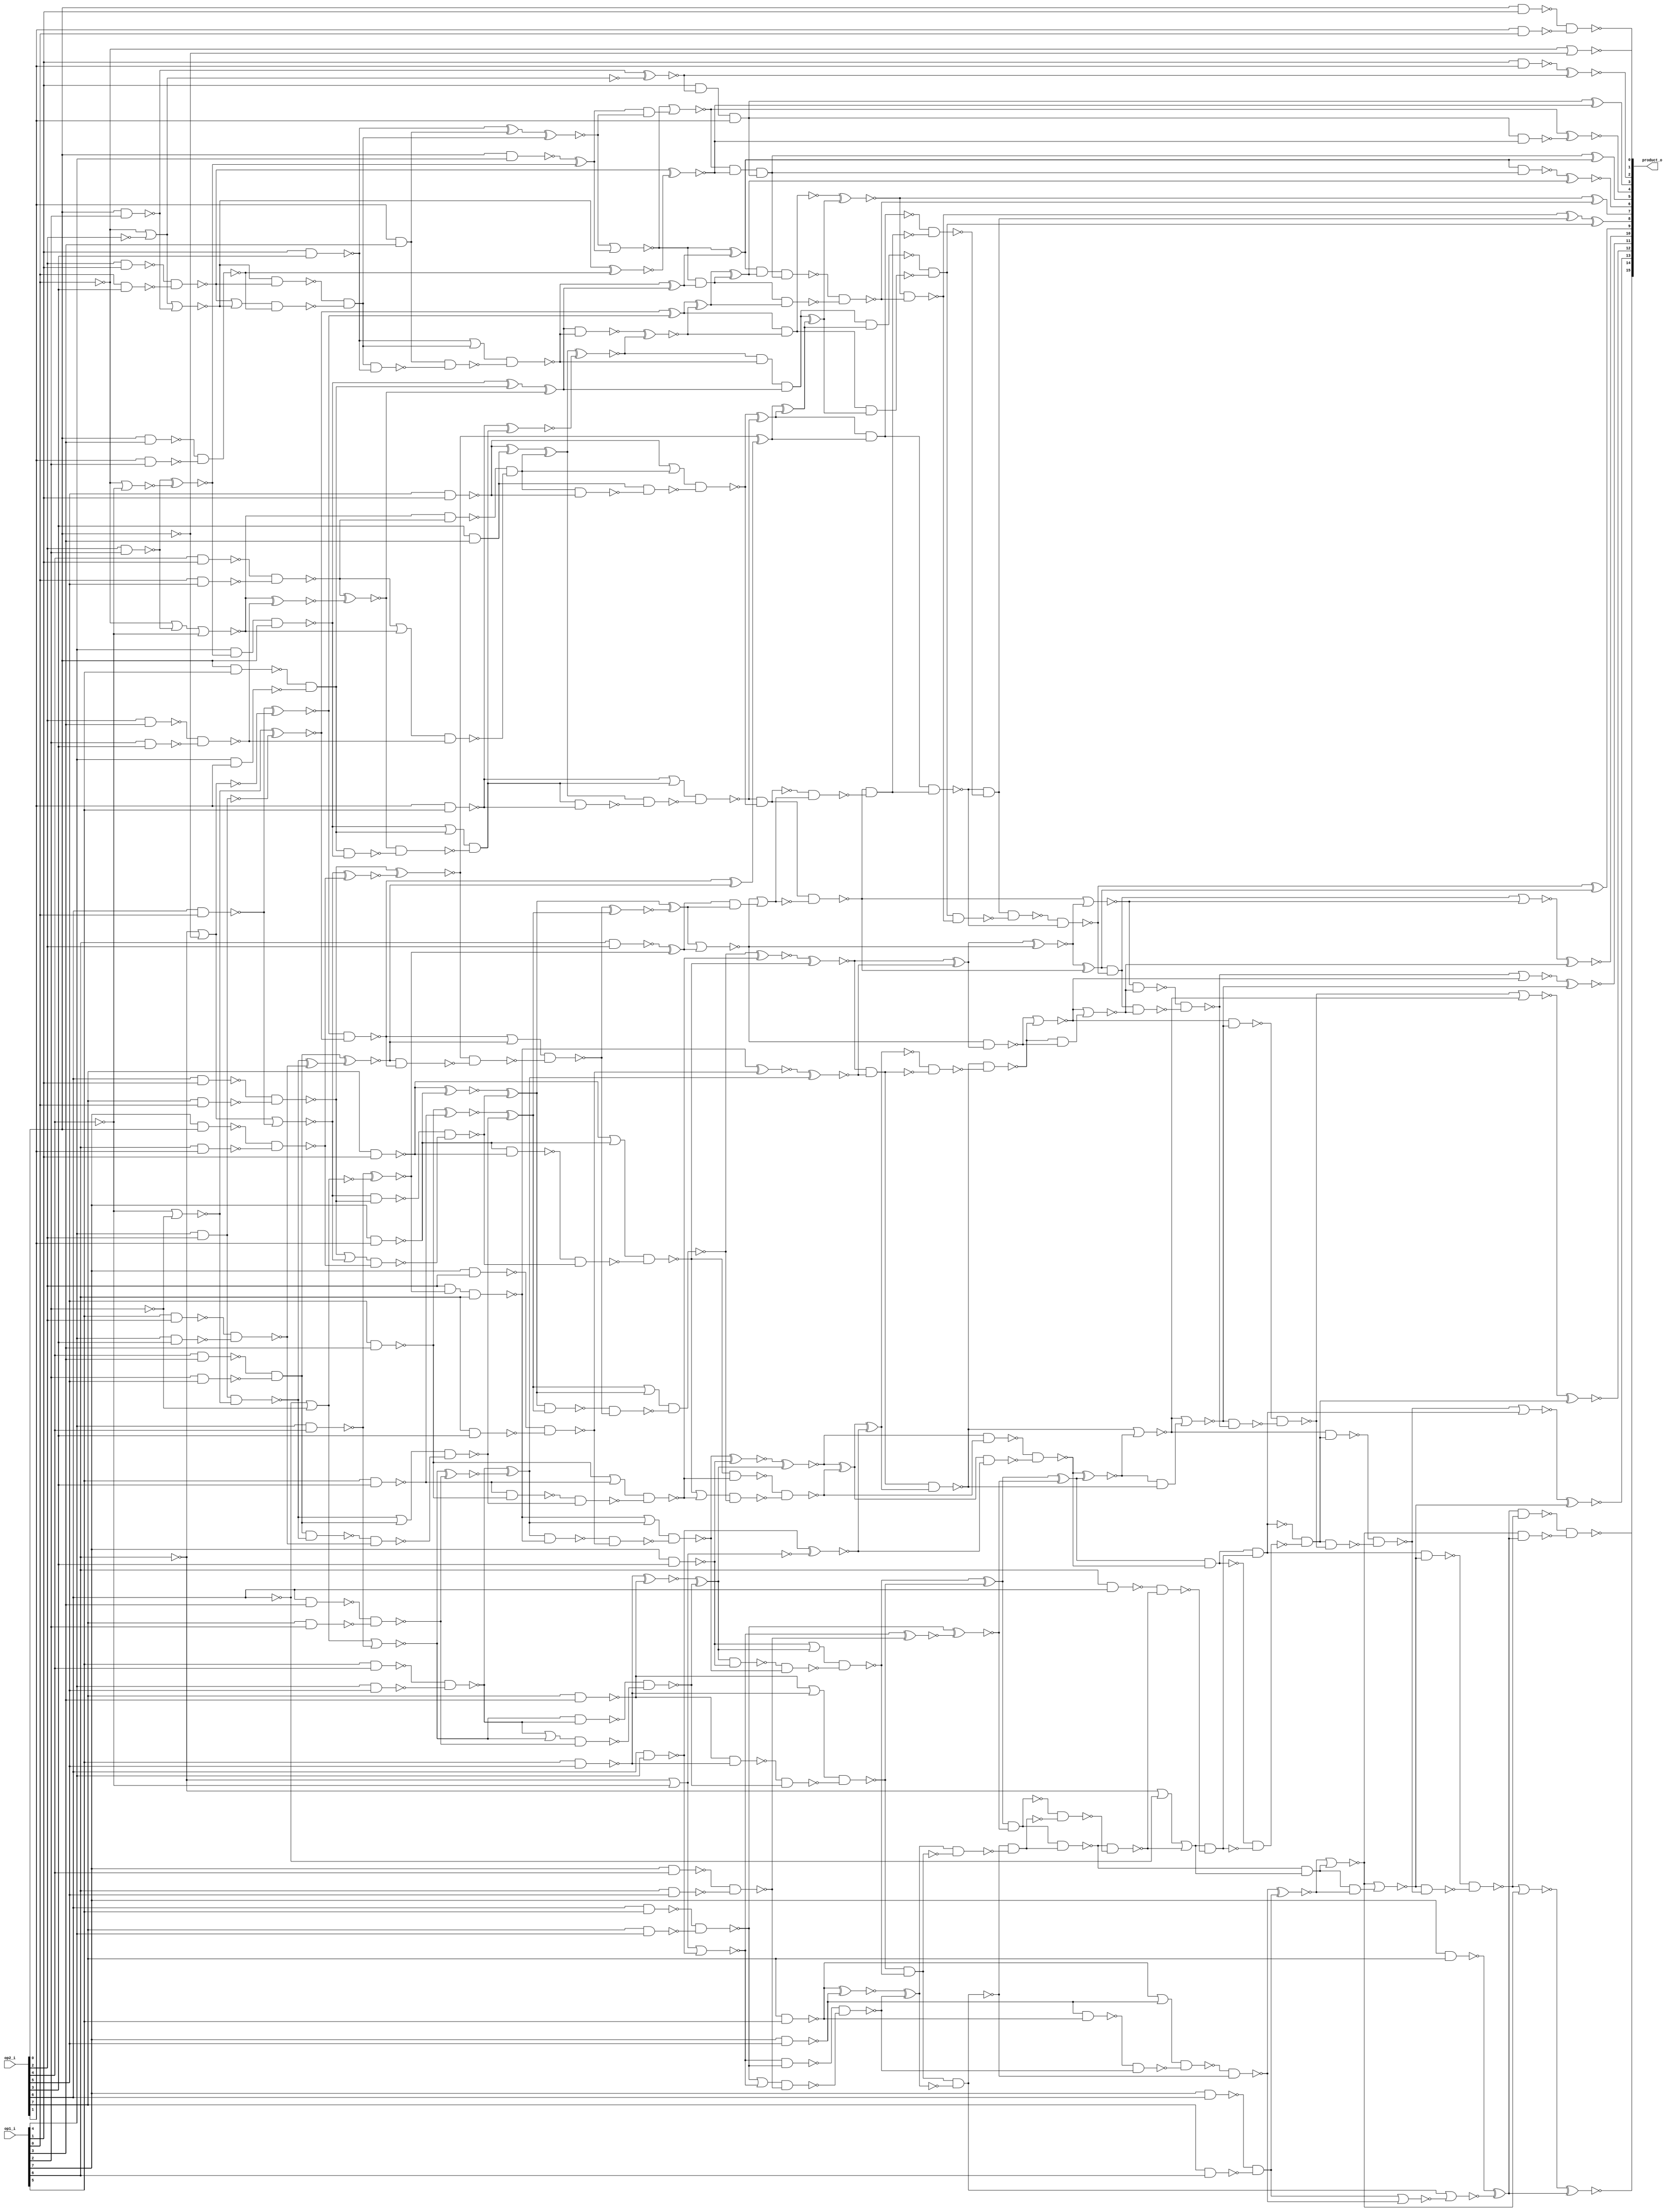
module underdesigned_multiplier8 ( op1_i, op2_i, product_o );
  input [7:0] op1_i, op2_i;
  output [15:0] product_o;
  wire   n143, n144, n145, n146, n147, n148, n149, n150, n151, n152, n153,
         n154, n155, n156, n157, n158, n159, n160, n161, n162, n163, n164,
         n166, n167, n169, n170, n171, n172, n173, n174, n175, n177, n178,
         n179, n180, n181, n182, n183, n184, n186, n187, n188, n189, n190,
         n191, n192, n193, n194, n195, n197, n198, n199, n200, n201, n202,
         n203, n204, n205, n206, n207, n208, n209, n210, n211, n212, n213,
         n214, n215, n216, n218, n219, n220, n221, n222, n223, n224, n225,
         n226, n227, n228, n229, n230, n231, n232, n233, n234, n235, n236,
         n237, n238, n239, n240, n241, n242, n243, n244, n245, n246, n247,
         n249, n250, n251, n252, n253, n254, n255, n256, n257, n258, n259,
         n260, n261, n262, n263, n264, n265, n266, n267, n268, n269, n270,
         n271, n272, n273, n274, n275, n276, n277, n278, n279, n280, n282,
         n283, n284, n285, n286, n287, n288, n289, n290, n291, n292, n293,
         n294, n295, n296, n297, n298, n299, n300, n301, n302, n303, n304,
         n305, n306, n307, n308, n309, n310, n311, n312, n313, n314, n315,
         n316, n317, n318, n319, n320, n321, n322, n323, n324, n325, n326,
         n327, n328, n329, n330, n331, n332, n333, n334, n335, n336, n337,
         n338, n339, n340, n341, n342, n343, n344, n345, n346, n347, n348,
         n349, n350, n351, n352, n353, n354, n355, n356, n357, n358, n359,
         n360, n361, n362, n363, n364, n365, n366, n367, n368, n369, n370,
         n371, n372, n373, n374, n375, n376, n377, n378, n379, n380, n381,
         n382, n383, n384, n385, n386, n387, n388, n389, n390, n391, n392,
         n393, n394, n395, n396, n397, n398, n399, n400, n401, n402, n403,
         n404, n405, n406, n407, n408, n409, n410, n411, n412, n413, n414,
         n415, n416, n417, n418, n419, n420, n421, n422, n423, n424, n425,
         n426, n427, n428, n429, n430, n431, n432, n433, n434, n435, n436,
         n437, n438, n439, n440, n441, n442, n443, n444, n445, n446, n447,
         n448, n449, n450, n451, n452, n453, n454, n455, n456, n457, n458,
         n460, n461, n462, n463, n464, n465, n466, n467, n468, n469, n470,
         n471, n472, n473, n474, n475, n476, n477, n478, n479, n480, n481,
         n482, n483, n484, n485, n486;

  xor U310 ( product_o[9], n158, n159);
  xor U311 ( product_o[8], n160, n161);
  xor U312 ( n160, n162, n163);
  xor U314 ( product_o[5], n171, n170);
  xor U315 ( product_o[3], n174, n175);
  xor U318 ( n183, n186, n187);
  xor U321 ( n232, n236, n208);
  xor U323 ( n221, n229, n230);
  xor U324 ( n229, n234, n235);
  xor U326 ( n272, n274, n275);
  xor U327 ( n268, n298, n261);
  xor U328 ( n169, n320, n319);
  xor U329 ( n320, n332, n333);
  xor U330 ( n170, n327, n331);
  xor U331 ( n331, n334, n335);
  xor U332 ( n329, n336, n337);
  xor U333 ( n338, n340, n341);
  xor U334 ( n343, n346, n347);
  xor U335 ( n332, n350, n351);
  xor U336 ( n347, n352, n353);
  xor U337 ( n335, n354, n355);
  xor U338 ( n354, n356, n357);
  xor U339 ( n352, n380, n381);
  xor U340 ( n381, n382, n383);
  xor U341 ( n353, n378, n379);
  xor U342 ( n159, n314, n313);
  xor U343 ( n368, n396, n391);
  xor U344 ( n396, n392, n389);
  xor U345 ( n385, n415, n416);
  xor U346 ( n386, n417, n418);
  xor U347 ( n312, n289, n288);
  xor U348 ( n309, n303, n422);
  xor U349 ( n455, n456, n457);
  xor U351 ( n417, n462, n435);
  xor U352 ( n420, n470, n441);
  nand U353 ( n215, n243, n244);
  nand U354 ( n243, n247, n245);
  nand U355 ( n244, n245, n246);
  and U356 ( n278, n159, n158);
  nand U357 ( n246, n276, n277);
  nand U358 ( n276, n280, n279);
  nand U359 ( n277, n278, n279);
  xnor U360 ( product_o[10], n478, n279);
  nor U361 ( n478, n278, n280);
  xnor U362 ( product_o[11], n479, n245);
  nor U363 ( n479, n246, n247);
  nor U364 ( n279, n247, n282);
  and U365 ( n282, n283, n284);
  nor U366 ( n247, n284, n283);
  nand U367 ( n316, n353, n352, n149);
  not U368 ( n149, n374);
  nand U369 ( n167, n319, n320);
  xnor U370 ( product_o[13], n480, n194);
  nor U371 ( n480, n195, n143);
  nand U372 ( n162, n164, n318);
  nand U373 ( n318, n166, n167);
  nand U374 ( n158, n315, n316);
  nand U375 ( n315, n163, n317);
  nand U376 ( n317, n161, n162);
  nand U377 ( n184, n192, n193);
  nand U378 ( n192, n143, n194);
  nand U379 ( n193, n194, n195);
  and U380 ( n163, n316, n372);
  nand U381 ( n372, n373, n374);
  nand U382 ( n373, n353, n352);
  nor U383 ( n245, n216, n249);
  and U384 ( n249, n250, n251);
  nor U385 ( n216, n251, n250);
  xnor U386 ( n250, n222, n221);
  nor U387 ( n280, n313, n314);
  xor U388 ( product_o[7], n164, n481);
  nand U389 ( n481, n166, n167);
  xnor U390 ( n418, n419, n420);
  xnor U391 ( n333, n348, n349);
  nand U392 ( n348, n335, n334);
  xnor U393 ( n164, n342, n343);
  nand U394 ( n342, n332, n333);
  xnor U395 ( n286, n272, n273);
  nand U396 ( n166, n170, n169, n171);
  nand U397 ( n251, n289, n288, n148);
  not U398 ( n148, n286);
  nand U399 ( n313, n379, n378, n377);
  nand U400 ( n419, n447, n448);
  or U401 ( n447, n382, n383);
  nand U402 ( n448, n380, n449);
  nand U403 ( n449, n383, n382);
  nand U404 ( n294, n444, n445);
  or U405 ( n444, n420, n417);
  nand U406 ( n445, n446, n419);
  nand U407 ( n446, n417, n420);
  nand U408 ( n275, n291, n292);
  nand U409 ( n291, n295, n296);
  nand U410 ( n292, n293, n294);
  or U411 ( n293, n295, n296);
  nand U412 ( n283, n251, n285);
  nand U413 ( n285, n286, n287);
  nand U414 ( n287, n288, n289);
  and U415 ( n161, n344, n345);
  nand U416 ( n344, n346, n347);
  nand U417 ( n345, n332, n333, n343);
  nand U418 ( n195, n212, n213);
  nand U419 ( n212, n216, n214);
  nand U420 ( n213, n214, n215);
  nand U421 ( n374, n313, n375);
  nand U422 ( n375, n376, n150);
  nand U423 ( n376, n378, n379);
  not U424 ( n150, n377);
  xnor U425 ( n289, n431, n295);
  xnor U426 ( n431, n294, n296);
  nor U427 ( n194, n182, n197);
  and U428 ( n197, n198, n199);
  nor U429 ( n182, n199, n198);
  xnor U430 ( n314, n312, n311);
  nand U431 ( n200, n229, n230, n145);
  not U432 ( n145, n228);
  nand U433 ( n191, n235, n234, n147);
  not U434 ( n147, n232);
  nand U435 ( n222, n270, n271);
  nand U436 ( n270, n274, n275);
  nand U437 ( n271, n272, n273);
  xnor U438 ( product_o[6], n482, n169);
  nand U439 ( n482, n170, n171);
  nand U440 ( n225, n200, n226);
  nand U441 ( n226, n227, n228);
  nand U442 ( n227, n229, n230);
  nand U443 ( n284, n311, n312);
  xnor U444 ( product_o[12], n483, n214);
  nor U445 ( n483, n215, n216);
  nand U446 ( n228, n191, n231);
  nand U447 ( n231, n232, n233);
  nand U448 ( n233, n234, n235);
  not U449 ( n143, n211);
  and U450 ( n319, n327, n331);
  and U451 ( n198, n200, n201);
  and U452 ( n346, n349, n334, n335);
  xnor U453 ( n470, n443, n442);
  xnor U454 ( n422, n304, n302);
  nor U455 ( n402, n153, n409, n155);
  nor U456 ( n452, n151, n157, n460);
  nor U457 ( n304, n154, n152, n425);
  nor U458 ( n311, n386, n385);
  xnor U459 ( n349, n368, n369);
  xnor U460 ( n369, n370, n371);
  xnor U461 ( n383, n454, n455);
  xnor U462 ( n337, n409, n414);
  nor U463 ( n414, n153, n155);
  nor U464 ( n377, n311, n384);
  and U465 ( n384, n385, n386);
  xnor U466 ( n274, n297, n268);
  xnor U467 ( n297, n267, n269);
  nor U468 ( n458, n155, n152);
  xnor U469 ( n380, n450, n451);
  xnor U470 ( n451, n452, n453);
  xnor U471 ( n355, n401, n406);
  xnor U472 ( n406, n402, n400);
  nand U473 ( n379, n393, n394);
  or U474 ( n393, n370, n371);
  nand U475 ( n394, n368, n395);
  nand U476 ( n395, n371, n370);
  and U477 ( n371, n403, n404);
  or U478 ( n403, n356, n357);
  nand U479 ( n404, n355, n405);
  nand U480 ( n405, n357, n356);
  nand U481 ( n267, n305, n306);
  or U482 ( n305, n310, n309);
  nand U483 ( n306, n307, n308);
  nand U484 ( n307, n309, n310);
  xnor U485 ( product_o[14], n484, n183);
  nor U486 ( n484, n184, n182);
  nand U487 ( n441, n471, n472);
  or U488 ( n471, n456, n454);
  nand U489 ( n472, n473, n457);
  nand U490 ( n473, n454, n456);
  and U491 ( n391, n397, n398);
  nand U492 ( n397, n402, n401);
  nand U493 ( n398, n399, n400);
  or U494 ( n399, n401, n402);
  nand U495 ( product_o[15], n180, n181);
  nand U496 ( n181, n182, n183);
  nand U497 ( n180, n183, n184);
  xnor U498 ( n298, n263, n262);
  xnor U499 ( n462, n437, n436);
  nor U500 ( n242, n151, n155, n255);
  nor U501 ( n325, n153, n156, n321);
  xnor U502 ( n236, n210, n209);
  xnor U503 ( n175, n323, n324);
  xnor U504 ( n324, n325, n326);
  xnor U505 ( n230, n241, n252);
  xnor U506 ( n252, n242, n240);
  xnor U507 ( n288, n421, n309);
  xnor U508 ( n421, n310, n308);
  xnor U509 ( n273, n255, n290);
  nor U510 ( n290, n155, n151);
  nor U511 ( n327, n330, n329);
  nor U512 ( n172, n327, n328);
  and U513 ( n328, n329, n330);
  xnor U514 ( n177, n321, n322);
  nor U515 ( n322, n156, n153);
  xnor U516 ( n416, n425, n430);
  nor U517 ( n430, n152, n154);
  nand U518 ( n211, n221, n222, n144);
  not U519 ( n144, n220);
  xnor U520 ( n330, n338, n339);
  xnor U521 ( n199, n190, n189);
  xnor U522 ( n351, n460, n461);
  nor U523 ( n461, n157, n151);
  nand U524 ( n296, n438, n439);
  or U525 ( n438, n443, n442);
  nand U526 ( n439, n440, n441);
  nand U527 ( n440, n442, n443);
  nand U528 ( n295, n432, n433);
  or U529 ( n432, n437, n436);
  nand U530 ( n433, n434, n435);
  nand U531 ( n434, n436, n437);
  nand U532 ( n334, n358, n359);
  or U533 ( n358, n340, n339);
  nand U534 ( n359, n341, n360);
  nand U535 ( n360, n339, n340);
  nand U536 ( n235, n258, n259);
  or U537 ( n258, n262, n263);
  nand U538 ( n259, n260, n261);
  nand U539 ( n260, n262, n263);
  and U540 ( n339, n361, n362);
  nand U541 ( n361, n325, n323);
  nand U542 ( n362, n363, n326);
  or U543 ( n363, n323, n325);
  nand U544 ( n378, n387, n388);
  or U545 ( n387, n392, n391);
  nand U546 ( n388, n389, n390);
  nand U547 ( n390, n391, n392);
  nand U548 ( n234, n264, n265);
  or U549 ( n264, n269, n268);
  nand U550 ( n265, n266, n267);
  nand U551 ( n266, n268, n269);
  and U552 ( n214, n211, n218);
  nand U553 ( n218, n219, n220);
  nand U554 ( n219, n221, n222);
  nor U555 ( n188, n189, n190);
  nand U556 ( n190, n204, n191);
  nand U557 ( n204, n205, n206);
  or U558 ( n205, n210, n209);
  nand U559 ( n206, n207, n208);
  nand U560 ( n382, n351, n350);
  nand U561 ( n435, n463, n464);
  nand U562 ( n463, n452, n450);
  nand U563 ( n464, n465, n453);
  or U564 ( n465, n450, n452);
  nand U565 ( n261, n299, n300);
  nand U566 ( n299, n304, n303);
  nand U567 ( n300, n301, n302);
  or U568 ( n301, n303, n304);
  nand U569 ( n208, n237, n238);
  nand U570 ( n237, n242, n241);
  nand U571 ( n238, n239, n240);
  or U572 ( n239, n241, n242);
  and U573 ( n171, n172, n175, n174);
  or U574 ( n201, n151, n154, n225);
  nand U575 ( n207, n209, n210);
  xnor U576 ( product_o[4], n172, n173);
  nand U577 ( n173, n174, n175);
  nor U578 ( product_o[0], n153, n157);
  not U579 ( n153, op1_i[0]);
  not U580 ( n155, op2_i[4]);
  nand U581 ( n356, op1_i[4], n337, op2_i[0]);
  nand U582 ( n456, op1_i[4], op2_i[2], n458);
  nand U583 ( n401, n410, n411);
  nand U584 ( n410, op2_i[4], op1_i[1]);
  nand U585 ( n411, op1_i[0], op2_i[5]);
  not U586 ( n152, op1_i[2]);
  nand U587 ( n400, n407, n408);
  nand U588 ( n407, op2_i[2], op1_i[3]);
  nand U589 ( n408, op1_i[2], op2_i[3]);
  nand U590 ( n409, op2_i[2], op1_i[2]);
  nand U591 ( n460, op2_i[6], op1_i[0]);
  nand U592 ( n425, op1_i[4], op2_i[4]);
  nand U593 ( n186, op1_i[7], op2_i[7]);
  nor U594 ( n187, n146, n188);
  not U595 ( n146, n191);
  xnor U596 ( n350, n458, n485);
  nand U597 ( n485, op2_i[2], op1_i[4]);
  nand U598 ( n415, op1_i[6], op2_i[2]);
  nand U599 ( n336, op2_i[0], op1_i[4]);
  not U600 ( n151, op1_i[6]);
  nand U601 ( n310, op2_i[2], n416, op1_i[6]);
  nand U602 ( n269, op1_i[7], op2_i[3]);
  nand U603 ( n443, op2_i[5], op1_i[3]);
  nand U604 ( n437, op2_i[7], op1_i[1]);
  nand U605 ( n370, op2_i[1], op1_i[5]);
  nand U606 ( n210, op2_i[7], op1_i[5]);
  nand U607 ( n323, n366, n367);
  nand U608 ( n366, op2_i[2], op1_i[1]);
  nand U609 ( n367, op1_i[0], op2_i[3]);
  nand U610 ( n450, n468, n469);
  nand U611 ( n468, op2_i[6], op1_i[1]);
  nand U612 ( n469, op2_i[7], op1_i[0]);
  nand U613 ( n241, n256, n257);
  nand U614 ( n256, op2_i[6], op1_i[5]);
  nand U615 ( n257, op2_i[7], op1_i[4]);
  nand U616 ( n262, op2_i[7], op1_i[3]);
  nand U617 ( n263, op1_i[5], op2_i[5]);
  nand U618 ( n442, op1_i[5], op2_i[3]);
  nand U619 ( n436, op1_i[7], op2_i[1]);
  nand U620 ( n209, op1_i[7], op2_i[5]);
  not U621 ( n154, op2_i[6]);
  not U622 ( n157, op2_i[0]);
  and U623 ( n454, n476, n477);
  nand U624 ( n476, op2_i[4], op1_i[3]);
  nand U625 ( n477, op1_i[2], op2_i[5]);
  nand U626 ( n453, n466, n467);
  nand U627 ( n466, op1_i[7], op2_i[0]);
  nand U628 ( n467, op1_i[6], op2_i[1]);
  nand U629 ( n326, n364, n365);
  nand U630 ( n364, op2_i[0], op1_i[3]);
  nand U631 ( n365, op2_i[1], op1_i[2]);
  nand U632 ( n308, n428, n429);
  nand U633 ( n428, op1_i[7], op2_i[2]);
  nand U634 ( n429, op1_i[6], op2_i[3]);
  nand U635 ( n302, n423, n424);
  nand U636 ( n423, op2_i[6], op1_i[3]);
  nand U637 ( n424, op2_i[7], op1_i[2]);
  nand U638 ( n240, n253, n254);
  nand U639 ( n253, op1_i[7], op2_i[4]);
  nand U640 ( n254, op1_i[6], op2_i[5]);
  nand U641 ( n303, n426, n427);
  nand U642 ( n426, op1_i[5], op2_i[4]);
  nand U643 ( n427, op1_i[4], op2_i[5]);
  nand U644 ( n340, op1_i[1], op2_i[3]);
  nand U645 ( n392, op2_i[5], op1_i[1]);
  nand U646 ( n321, op2_i[0], op1_i[2]);
  nand U647 ( n255, op2_i[6], op1_i[4]);
  and U648 ( n357, n412, n413);
  nand U649 ( n412, op2_i[0], op1_i[5]);
  nand U650 ( n413, op1_i[4], op2_i[1]);
  nand U651 ( n220, n201, n223);
  nand U652 ( n223, n224, n225);
  nand U653 ( n224, op1_i[6], op2_i[6]);
  and U654 ( n174, op1_i[1], n177, op2_i[1]);
  and U655 ( n389, op2_i[3], op1_i[3]);
  and U656 ( n341, op2_i[1], op1_i[3]);
  not U657 ( n156, op2_i[2]);
  nand U658 ( n457, n474, n475);
  nand U659 ( n474, op1_i[5], op2_i[2]);
  nand U660 ( n475, op1_i[4], op2_i[3]);
  and U661 ( n189, n202, n203);
  nand U662 ( n202, op1_i[7], op2_i[6]);
  nand U663 ( n203, op2_i[7], op1_i[6]);
  xnor U664 ( product_o[2], n486, n177);
  nand U665 ( n486, op1_i[1], op2_i[1]);
  nand U666 ( product_o[1], n178, n179);
  nand U667 ( n179, op2_i[1], op1_i[0]);
  nand U668 ( n178, op2_i[0], op1_i[1]);
endmodule